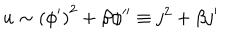
u \sim \left( \phi ^ { \prime } \right) ^ { 2 } + \beta \phi ^ { \prime \prime } \equiv j ^ { 2 } + \beta j ^ { \prime }